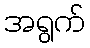
အရွက်